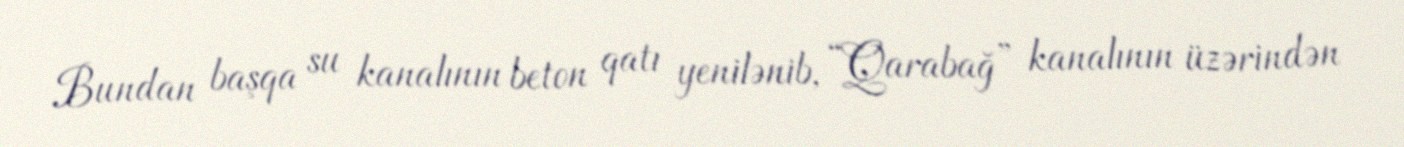
Bundan başqa su kanalının beton qatı yenilənib, “Qarabağ” kanalının üzərindən